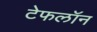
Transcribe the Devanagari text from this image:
टेफलॉन